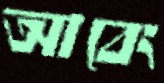
আবেং